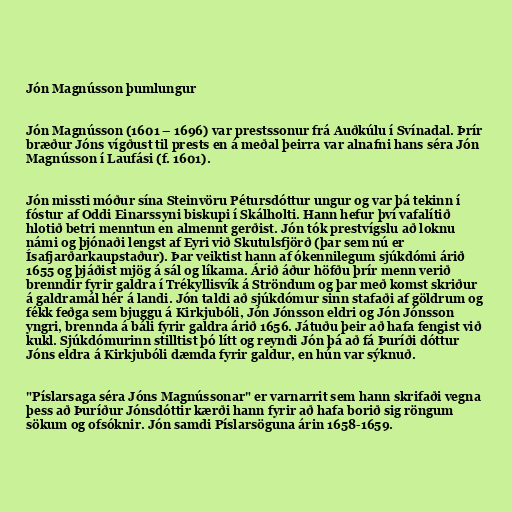
Jón Magnússon þumlungur

Jón Magnússon (1601 – 1696) var prestssonur frá Auðkúlu í Svínadal. Þrír
bræður Jóns vígðust til prests en á meðal þeirra var alnafni hans séra Jón
Magnússon í Laufási (f. 1601).

Jón missti móður sína Steinvöru Pétursdóttur ungur og var þá tekinn í
fóstur af Oddi Einarssyni biskupi í Skálholti. Hann hefur því vafalítið
hlotið betri menntun en almennt gerðist. Jón tók prestvígslu að loknu
námi og þjónaði lengst af Eyri við Skutulsfjörð (þar sem nú er
Ísafjarðarkaupstaður). Þar veiktist hann af ókennilegum sjúkdómi árið
1655 og þjáðist mjög á sál og líkama. Árið áður höfðu þrír menn verið
brenndir fyrir galdra í Trékyllisvík á Ströndum og þar með komst skriður
á galdramál hér á landi. Jón taldi að sjúkdómur sinn stafaði af göldrum og
fékk feðga sem bjuggu á Kirkjubóli, Jón Jónsson eldri og Jón Jónsson
yngri, brennda á báli fyrir galdra árið 1656. Játuðu þeir að hafa fengist við
kukl. Sjúkdómurinn stilltist þó lítt og reyndi Jón þá að fá Þuríði dóttur
Jóns eldra á Kirkjubóli dæmda fyrir galdur, en hún var sýknuð.

"Píslarsaga séra Jóns Magnússonar" er varnarrit sem hann skrifaði vegna
þess að Þuríður Jónsdóttir kærði hann fyrir að hafa borið sig röngum
sökum og ofsóknir. Jón samdi Píslarsöguna árin 1658-1659.